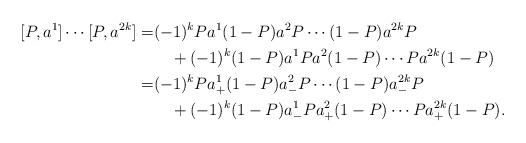
LaTeX: \begin{align*}[P,a^1]\cdots [P,a^{2k}]=&(-1)^kPa^1(1-P)a^2P\cdots (1-P)a^{2k}P\\&\quad+(-1)^k(1-P)a^1Pa^2(1-P)\cdots Pa^{2k}(1-P)\\=&(-1)^kPa_+^1(1-P)a_-^2P\cdots (1-P)a_-^{2k}P\\&\quad+(-1)^k(1-P)a_-^1Pa_+^2(1-P)\cdots Pa^{2k}_+(1-P).\end{align*}